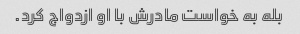
بله به خواست مادرش با او ازدواج کرد.